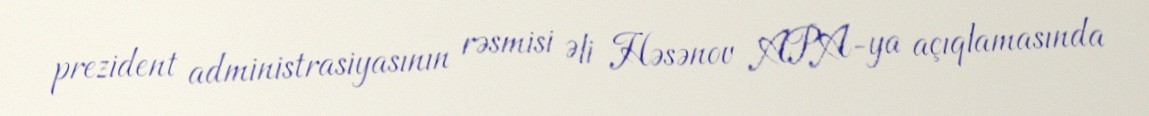
prezident administrasiyasının rəsmisi Əli Həsənov APA-ya açıqlamasında